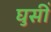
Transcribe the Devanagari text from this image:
घुसीं